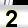
Digit: 2